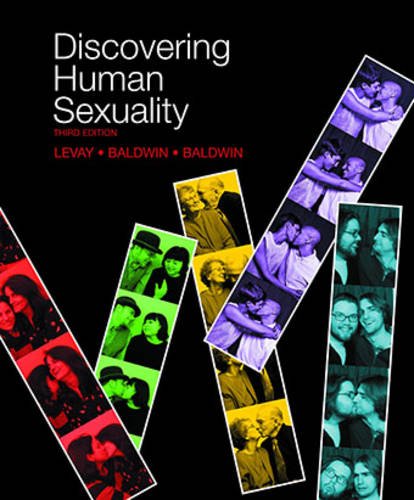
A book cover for Discovering Human Sexuality, Third Edition; Simon LeVay; Medical Books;